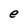
Character: e